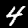
Label: 4